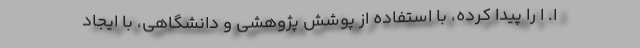
ا. ا را پیدا کرده، با استفاده از پوشش پژوهشی و دانشگاهی، با ایجاد